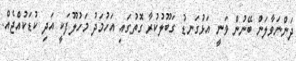
ދަންނަވާލަން ބޭނުން ވަނީ އަޅުގަނޑު ގަބޫލުކުރާ ގޮތުގައި އަހުމަދު މަހުލޫފަކީ އަދި ކުޑަކުއްޖެއް.